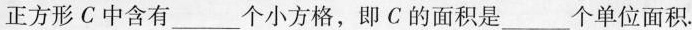
正方形C中含有___个小方格，即C的面积是___个单位面积.